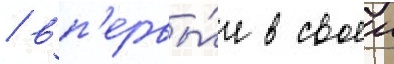
/ вп'ервы́е в своеи